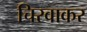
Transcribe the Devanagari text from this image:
चिरवाकर